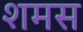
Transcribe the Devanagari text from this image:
शमस